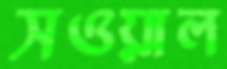
সওয়াল